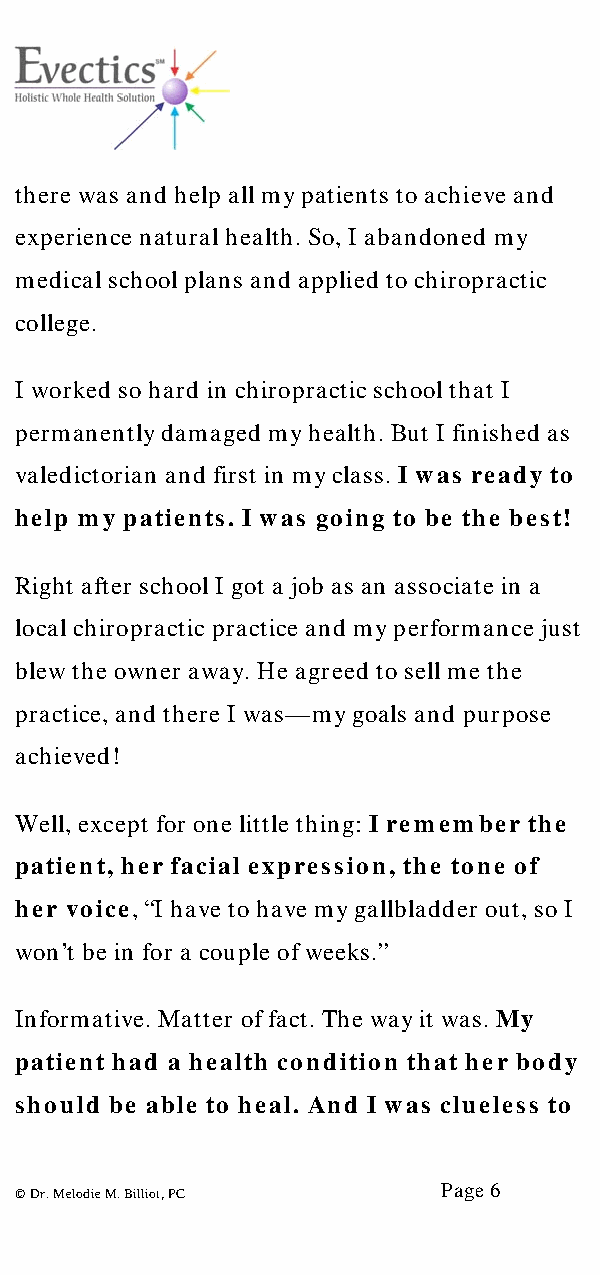
there was and help all my patients to achieve and
 experience natural health. So, I abandoned my
 medical school plans and applied to chiropractic
 college.
 I worked so hard in chiropractic school that I
 permanently damaged my health. But I finished as
 valedictorian and first in my class. I was ready to
 help my patients. I was going to be the best!
 Right after school I got a job as an associate in a
 local chiropractic practice and my performance just
 blew the owner away. He agreed to sell me the
 practice, and there I was— my goals and purpose
 achieved!
 Well, except for one little thing: I remember the
 patient, her facial expression, the tone of
 her voice, “I have to have my gallbladder out, so I
 won’t be in for a couple of weeks.”
 Informative. Matter of fact. The way it was. My
 patient had a health condition that her body
 should be able to heal. And I was clueless to
 Page 6
 © Dr. Melodie M. Billiot, PC